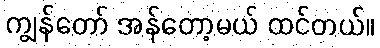
ကျွန်တော် အန်တော့မယ် ထင်တယ်။